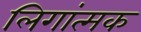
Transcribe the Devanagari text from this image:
लिगांत्मक